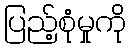
ပြည့်စုံမှုကို